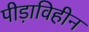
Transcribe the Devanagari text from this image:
पीड़ाविहीन